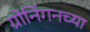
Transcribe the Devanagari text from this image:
ग्रोनिंगनच्या